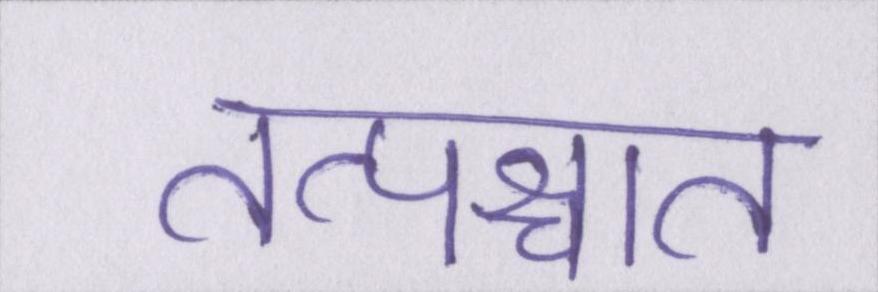
तत्पश्चात